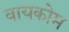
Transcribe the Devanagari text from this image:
वायकोम